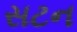
સટન